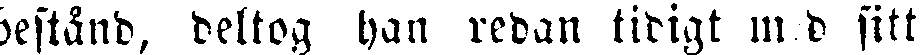
bestånd, deltog han redan tidigt m d sitt